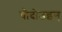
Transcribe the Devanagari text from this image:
बौदोउइन्